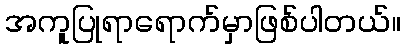
အကူပြုရာရောက်မှာဖြစ်ပါတယ်။